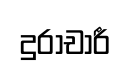
දුරාචාරී